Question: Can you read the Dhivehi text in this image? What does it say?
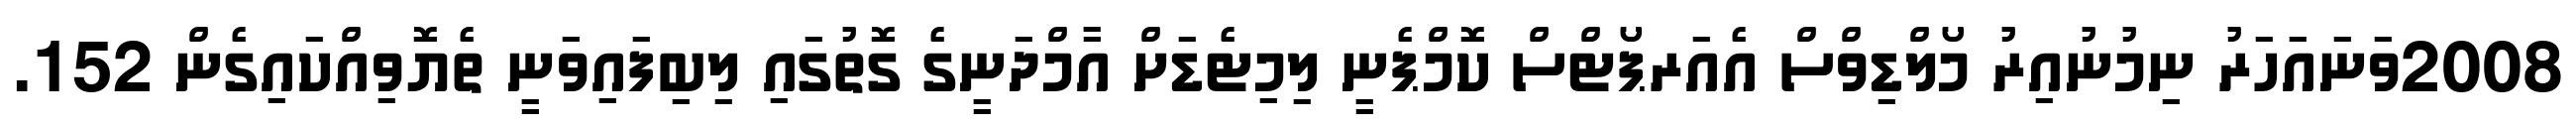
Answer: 2008ވަނައަހަރު ނިމުނުއިރު މޯލްޑިވްސް އެއަރޕޯޓްސް ކޮމްޕެނީ ލިމިޓެޑަށް އާމްދަނީގެ ގޮތުގައި ލިބިފައިވަނީ ތެޔޮވިއްކައިގެން 152.